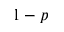
1 - p